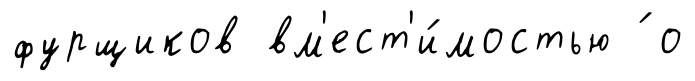
фурщиков вм'ест'и́мостью ́ о